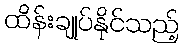
ထိန်းချုပ်နိုင်သည့်